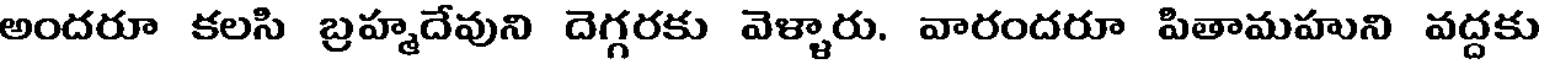
అందరూ కలసి బ్రహ్మదేవుని దెగ్గరకు వెళ్ళారు. వారందరూ పితామహుని వద్దకు